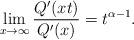
LaTeX: \begin{align*}\lim_{x\rightarrow \infty}\frac{Q'(xt)}{Q'(x)}=t^{\alpha-1}.\end{align*}